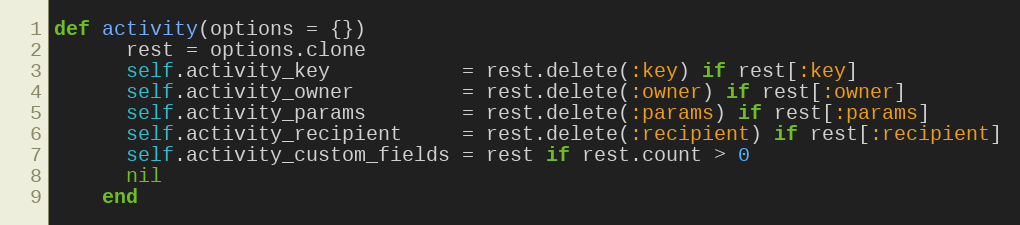
Language: Ruby
def activity(options = {})
      rest = options.clone
      self.activity_key           = rest.delete(:key) if rest[:key]
      self.activity_owner         = rest.delete(:owner) if rest[:owner]
      self.activity_params        = rest.delete(:params) if rest[:params]
      self.activity_recipient     = rest.delete(:recipient) if rest[:recipient]
      self.activity_custom_fields = rest if rest.count > 0
      nil
    end